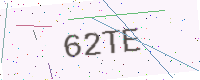
Text: 62TE